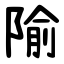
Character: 隃